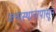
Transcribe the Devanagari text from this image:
जन्मस्थानापासून